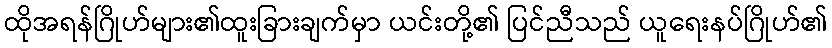
ထိုအရန်ဂြိုဟ်များ၏ထူးခြားချက်မှာ ယင်းတို့၏ ပြင်ညီသည် ယူရေးနပ်ဂြိုဟ်၏